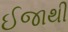
ઈજાથી